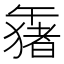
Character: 𱑒